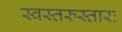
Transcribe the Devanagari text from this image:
स्वस्तरुस्तारः